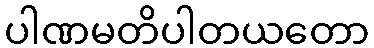
ပါဏမတိပါတယတော